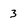
Character: 3